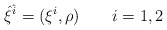
\begin{align*}{\hat \xi}^{\hat i}= (\xi^i,\rho)\qquad i=1,2\end{align*}